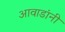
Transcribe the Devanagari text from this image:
आवाडांनी